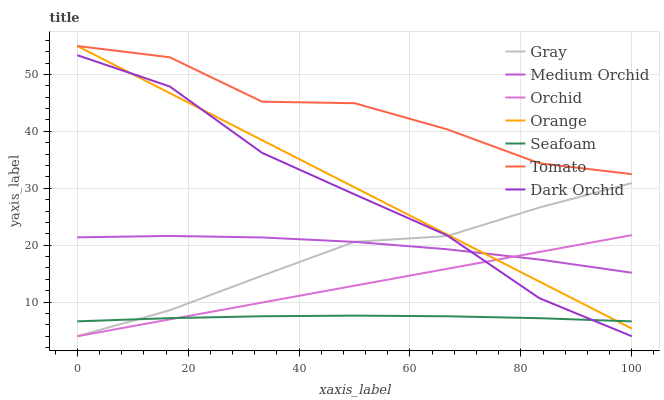
| xaxis_label | Gray | Medium Orchid | Orchid | Orange | Seafoam | Tomato | Dark Orchid |
 | --- | --- | --- | --- | --- | --- | --- | --- |
 | 0 | 4 | 21.4 | 4 | 55 | 6.62 | 55 | 53.4 |
 | 16.7 | 8.56 | 21.6 | 6.96 | 46.7 | 7.18 | 53 | 47.9 |
 | 33.3 | 14.6 | 21.4 | 9.92 | 38.4 | 7.51 | 45.2 | 36.2 |
 | 50 | 20.6 | 20.6 | 12.9 | 30.2 | 7.62 | 45 | 28.9 |
 | 66.7 | 21.6 | 19.3 | 15.8 | 21.9 | 7.51 | 40.4 | 21.7 |
 | 83.3 | 26.6 | 17.5 | 18.8 | 13.6 | 7.17 | 34.4 | 10.7 |
 | 100 | 30.9 | 15.2 | 21.8 | 5.34 | 6.61 | 32.5 | 4 |